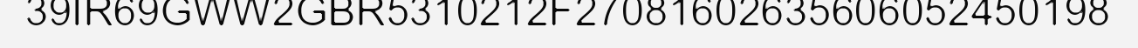
39IR69GWW2GBR5310212F27081602635606052450198